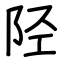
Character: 陉